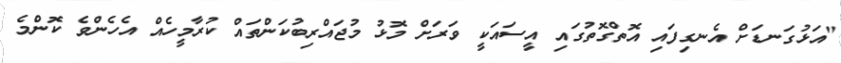
"އަޅުގަނޑަށް އެނގިފައި އޮތްގޮތުގައި އީސައަކީ ވަރަށް މޮޅު މުޖައްރިބުކަންތައް ކުރާމީހެއް އެހެންވެ ކޮންމެ